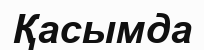
Қасымда